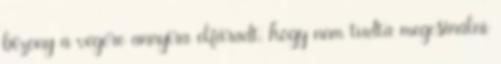
bizony a végére annyira elfáradt, hogy nem tudta megcsinálni